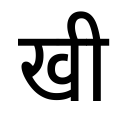
OCR:
खी